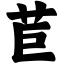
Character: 苣